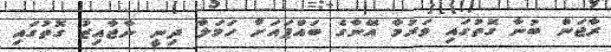
ރާޖަން ބުނާ ގޮތުގައި ވަރުމާ އޭނާގެ ބައްޕައަށް ހަމަލާ ދިނީ ނާޖާއިޒު ގޮތުގައި